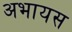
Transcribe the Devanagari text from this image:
अभायस